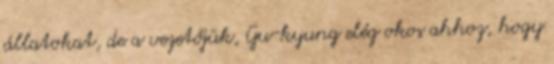
állatokat, de a vezetőjük, Gu-kyung elég okos ahhoz, hogy